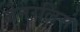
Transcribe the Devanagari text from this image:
जेनरलिस